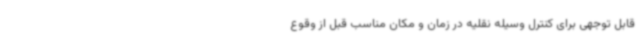
قابل توجهی برای کنترل وسیله نقلیه در زمان و مکان مناسب قبل از وقوع